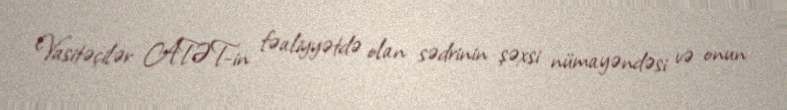
Vasitəçilər ATƏT-in fəaliyyətdə olan sədrinin şəxsi nümayəndəsi və onun